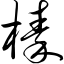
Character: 榛